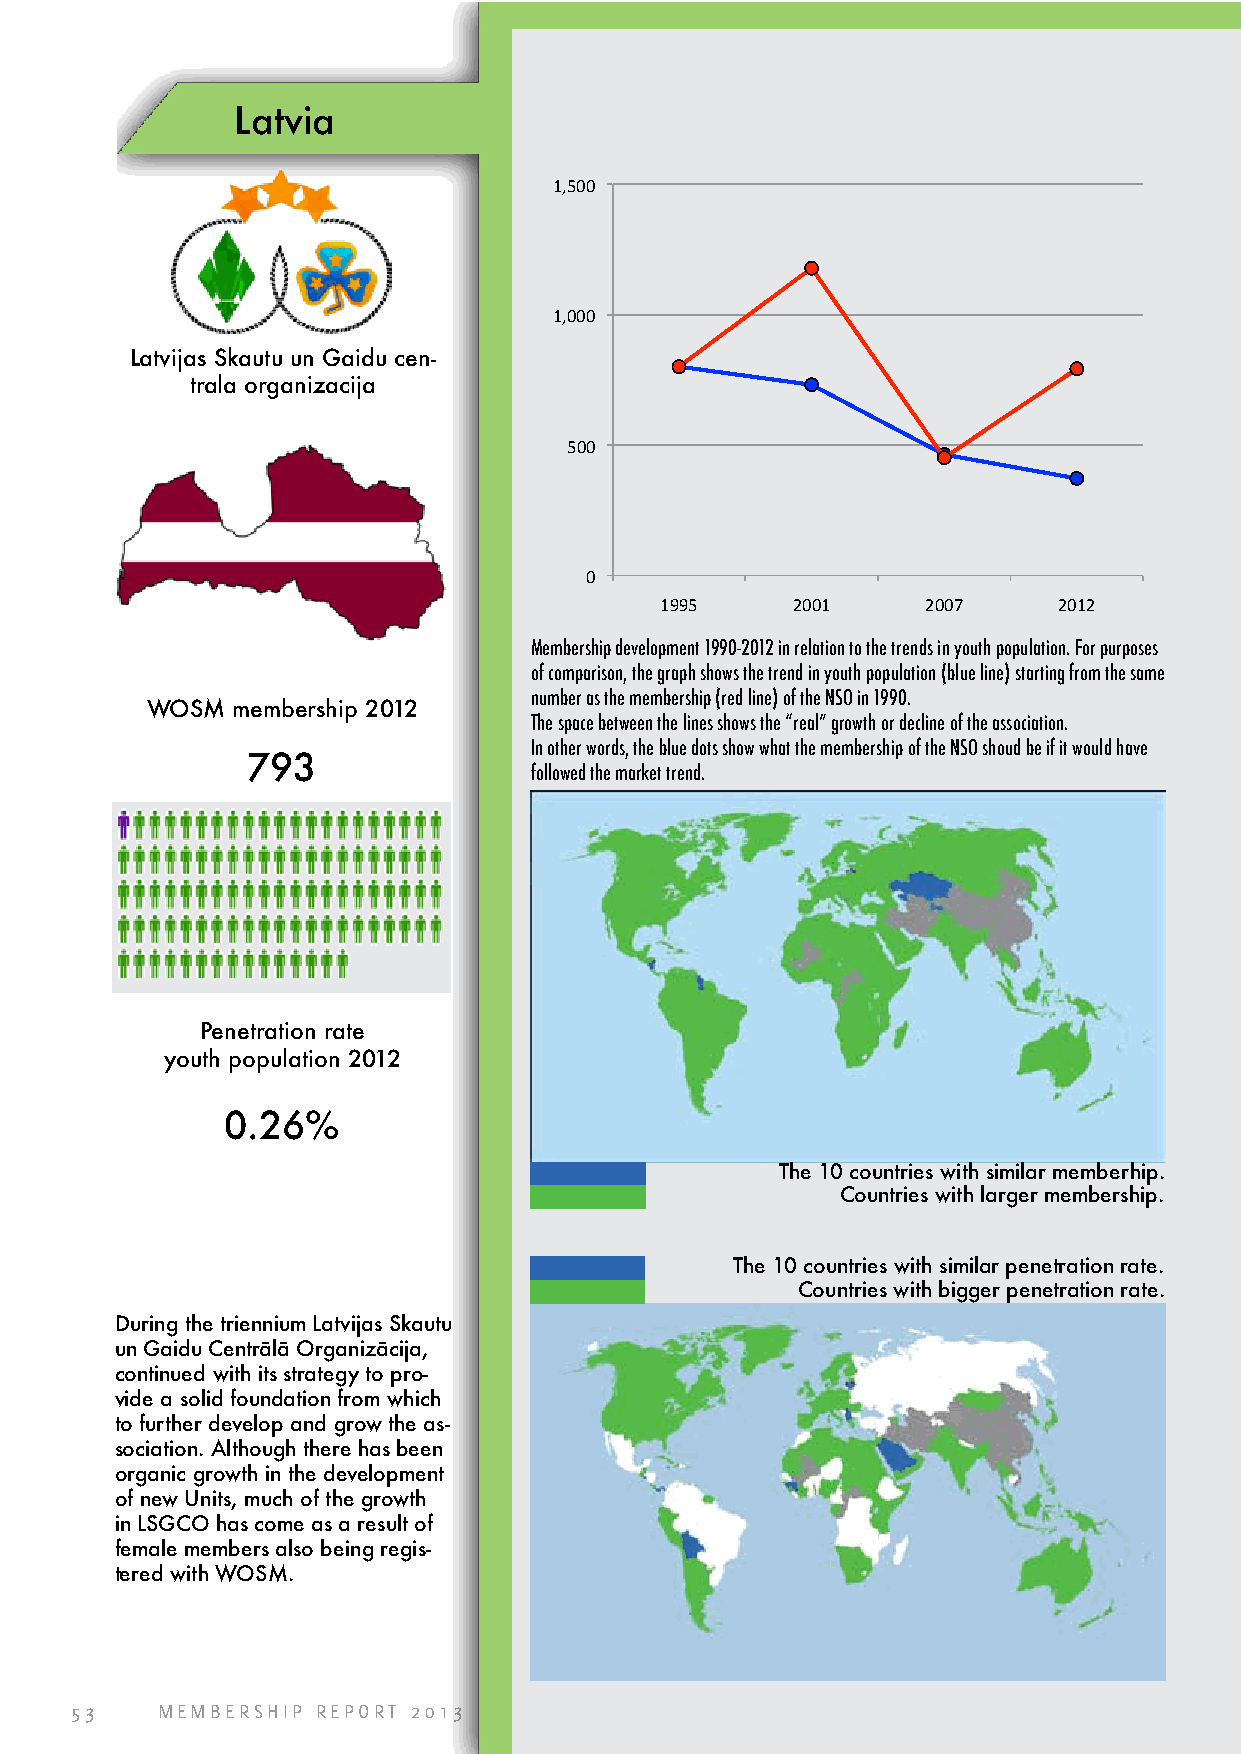
Latvia
 1,500
 1,000
 Latvijas Skautu un Gaidu cen-
 trala organizacija
 500
 0
 1995    2001     2007     2012
 Membership development 1990-2012 in relation to the trends in youth population. For purposes
 of comparison, the graph shows the trend in youth population (blue line) starting from the same
 number as the membership (red line) of the NSO in 1990.
 WOSM membership 2012
 The space between the lines shows the “real” growth or decline of the association.
 In other words, the blue dots show what the membership of the NSO shoud be if it would have
 793
 followed the market trend.
 Penetration rate
 youth population 2012
 0.26%
 The 10 countries with similar memberhip.
 Countries with larger membership.
 The 10 countries with similar penetration rate.
 Countries with bigger penetration rate.
 During the triennium Latvijas Skautu
 un Gaidu Centrālā Organizācija,
 continued with its strategy to pro-
 vide a solid foundation from which
 to further develop and grow the as-
 sociation. Although there has been
 organic growth in the development
 of new Units, much of the growth
 in LSGCO has come as a result of
 female members also being regis-
 tered with WOSM.
 53   MEMBERSHIP REPORT 2013